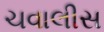
ચવાલીસ